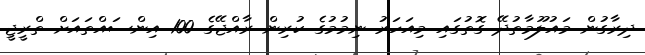
ދިރާގުން މައުލޫމާތުދޭ ގޮތުގައި މިއަހަރު ނިމުމުގެ ކުރިން ރާއްޖޭގެ 100 އިންސައްތައަށް ތްރީޖީ